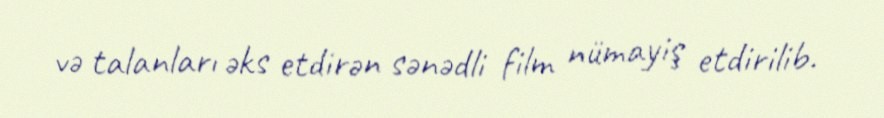
və talanları əks etdirən sənədli film nümayiş etdirilib.